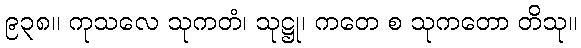
၉၃၈။ ကုသလေ သုကတံ၊ သုဋ္ဌု၊ ကတေ စ သုကတော တိသု။